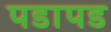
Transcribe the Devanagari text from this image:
पडापड